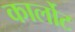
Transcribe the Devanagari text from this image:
कार्लोट